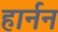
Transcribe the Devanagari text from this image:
हार्नन